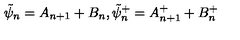
\tilde { \psi } _ { n } = A _ { n + 1 } + B _ { n } , \tilde { \psi } _ { n } ^ { + } = A _ { n + 1 } ^ { + } + B _ { n } ^ { + }